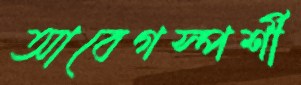
আবেগস্পর্শী